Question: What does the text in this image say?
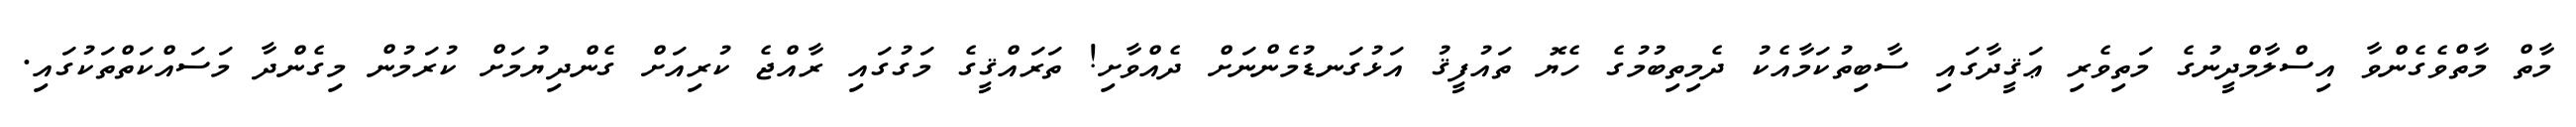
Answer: މާތް މާތްވެގެންވާ އިސްލާމްދީނުގެ މަތިވެރި ޢަޤީދާގައި ސާބިތުކަމާއެކު ދެމިތިބުމުގެ ހެޔޮ ތައުފީޤު އަޅުގަނޑުމެންނަށް ދެއްވާށި! ތަރައްޤީގެ މަގުގައި ރާއްޖެ ކުރިއަށް ގެންދިޔުމަށް ކުރަމުން މިގެންދާ މަސައްކަތްތަކުގައި.